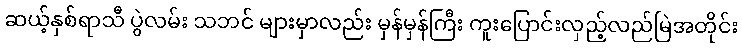
ဆယ့်နှစ်ရာသီ ပွဲလမ်း သဘင် များမှာလည်း မှန်မှန်ကြီး ကူးပြောင်းလှည့်လည်မြဲအတိုင်း